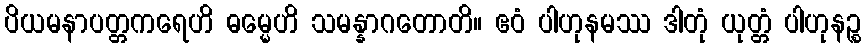
ပိယမနာပတ္တကရေဟိ ဓမ္မေဟိ သမန္နာဂတောတိ။ ဧဝံ ပါဟုနမဿ ဒါတုံ ယုတ္တံ ပါဟုနဉ္စ